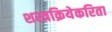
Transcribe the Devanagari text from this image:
शस्त्रक्रियेकरिता